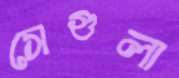
সেগুলা